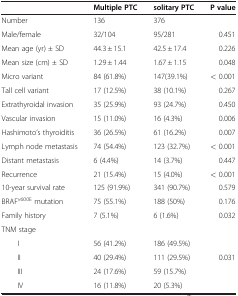
<table><thead><tr><td><b> </b></td><td><b>Multiple PTC</b></td><td><b>solitary PTC</b></td><td><b>P value</b></td></tr></thead><tbody><tr><td>Number</td><td>136</td><td>376</td><td> </td></tr><tr><td>Male/female</td><td>32/104</td><td>95/281</td><td>0.451</td></tr><tr><td>Mean age (yr) ± SD</td><td>44.3 ± 15.1</td><td>42.5 ± 17.4</td><td>0.226</td></tr><tr><td>Mean size (cm) ± SD</td><td>1.29 ± 1.44</td><td>1.67 ± 1.15</td><td>0.048</td></tr><tr><td>Micro variant</td><td>84 (61.8%)</td><td>147(39.1%)</td><td>&lt; 0.001</td></tr><tr><td>Tall cell variant</td><td>17 (12.5%)</td><td>38 (10.1%)</td><td>0.267</td></tr><tr><td>Extrathyroidal invasion</td><td>35 (25.9%)</td><td>93 (24.7%)</td><td>0.450</td></tr><tr><td>Vascular invasion</td><td>15 (11.0%)</td><td>16 (4.3%)</td><td>0.006</td></tr><tr><td>Hashimoto’s thyroiditis</td><td>36 (26.5%)</td><td>61 (16.2%)</td><td>0.007</td></tr><tr><td>Lymph node metastasis</td><td>74 (54.4%)</td><td>123 (32.7%)</td><td>&lt; 0.001</td></tr><tr><td>Distant metastasis</td><td>6 (4.4%)</td><td>14 (3.7%)</td><td>0.447</td></tr><tr><td>Recurrence</td><td>21 (15.4%)</td><td>15 (4.0%)</td><td>&lt; 0.001</td></tr><tr><td>10-year survival rate</td><td>125 (91.9%)</td><td>341 (90.7%)</td><td>0.579</td></tr><tr><td>BRAF<sup>v600E</sup> mutation</td><td>75 (55.1%)</td><td>188 (50%)</td><td>0.176</td></tr><tr><td>Family history</td><td>7 (5.1%)</td><td>6 (1.6%)</td><td>0.032</td></tr><tr><td>TNM stage</td><td> </td><td> </td><td> </td></tr><tr><td>I</td><td>56 (41.2%)</td><td>186 (49.5%)</td><td> </td></tr><tr><td>II</td><td>40 (29.4%)</td><td>111 (29.5%)</td><td>0.031</td></tr><tr><td>III</td><td>24 (17.6%)</td><td>59 (15.7%)</td><td> </td></tr><tr><td>IV</td><td>16 (11.8%)</td><td>20 (5.3%)</td><td> </td></tr></tbody></table>